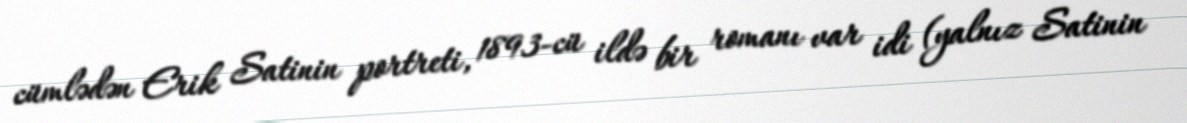
cümlədən Erik Satinin portreti, 1893-cü ildə bir romanı var idi (yalnız Satinin